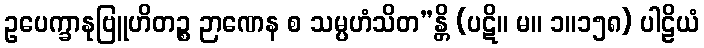
ဥပေက္ခာနုဗြူဟိတဉ္စ ဉာဏေန စ သမ္ပဟံသိတ”န္တိ (ပဋိ။ မ။ ၁။၁၅၈) ပါဠိယံ